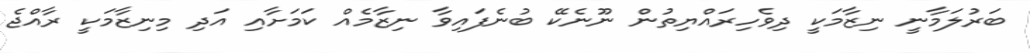
ބަރުލަމާނީ ނިޒާމަކީ ދިވެހިރައްޔިތުން ނޫނެކޭ ބުނެފައިވާ ނިޒާމެއް ކަމަށާއި އަދި މިނިޒާމަކީ ރާއްޖެ